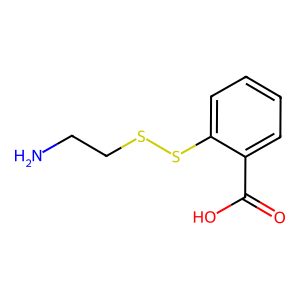
SMILES: NCCSSc1ccccc1C(=O)O
Inhibits HIV replication: No